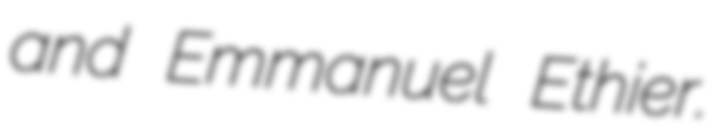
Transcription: and Emmanuel Ethier.